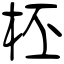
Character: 柸